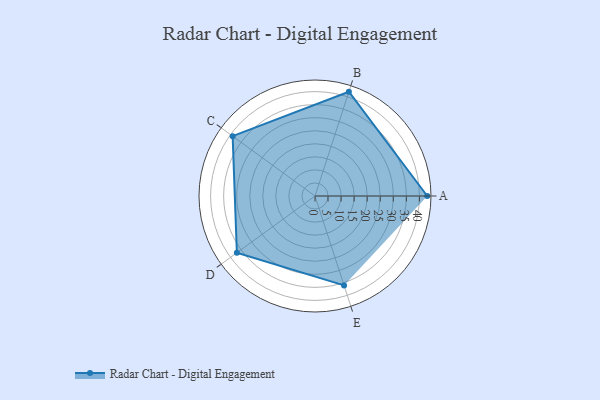
{"axis": {"x": "Skill", "y": "Score"}, "legend": ["Profile"], "data": [{"x": "A", "y": 43.0, "type": "Profile"}, {"x": "B", "y": 42.0, "type": "Profile"}, {"x": "C", "y": 39.0, "type": "Profile"}, {"x": "D", "y": 37.0, "type": "Profile"}, {"x": "E", "y": 36.0, "type": "Profile"}]}